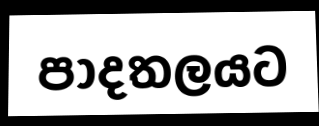
පාදතලයට